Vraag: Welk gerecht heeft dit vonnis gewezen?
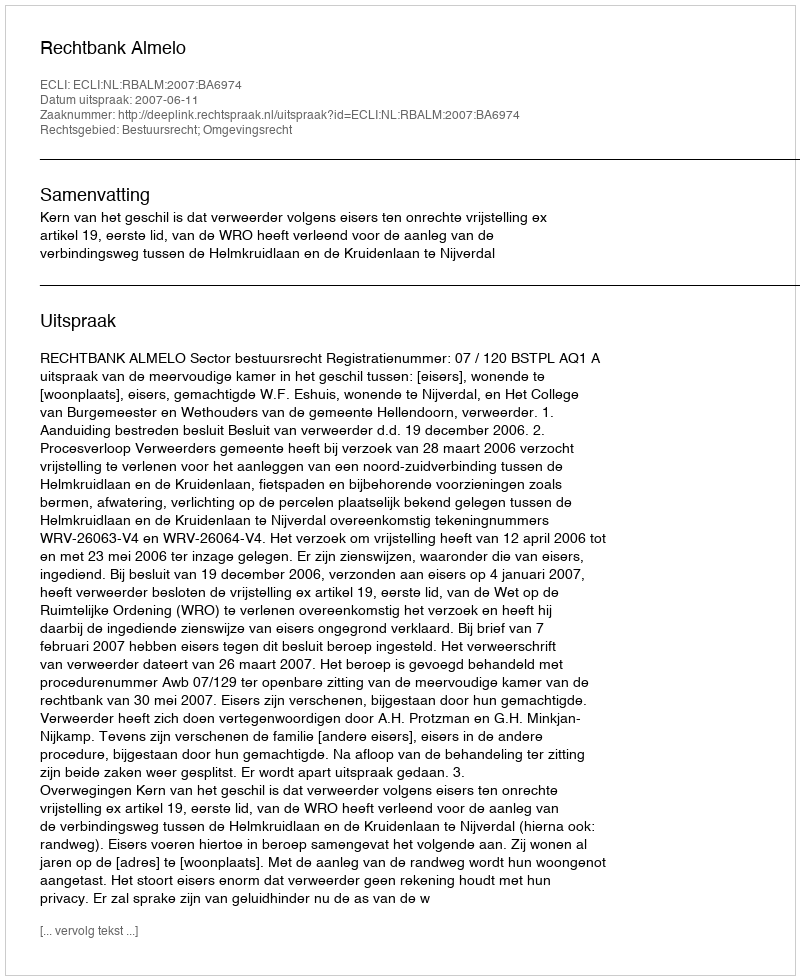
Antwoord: Rechtbank Almelo